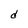
Character: d